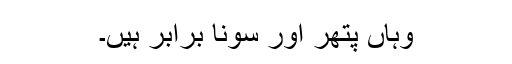
وہاں پتھر اور سونا برابر ہیں۔